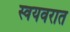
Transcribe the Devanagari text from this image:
स्वयवरात